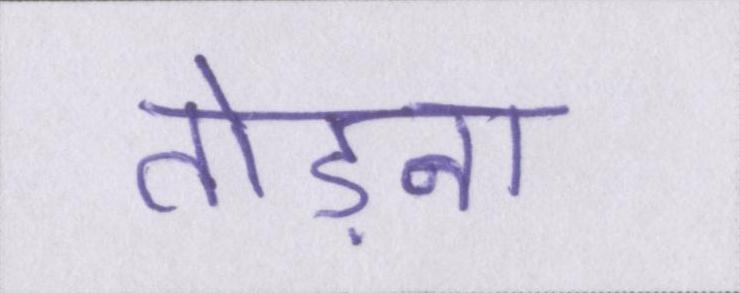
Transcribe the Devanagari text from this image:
तोड़ना